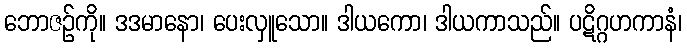
ဘောဇဉ်ကို။ ဒဒမာနော၊ ပေးလှူသော။ ဒါယကော၊ ဒါယကာသည်။ ပဋိဂ္ဂဟကာနံ၊